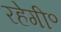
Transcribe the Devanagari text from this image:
रहेगी॰